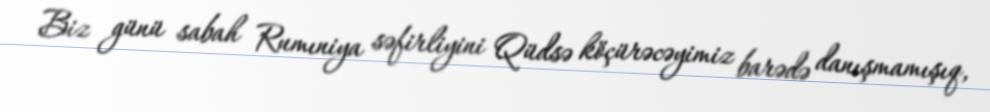
Biz günü sabah Rumıniya səfirliyini Qüdsə köçürəcəyimiz barədə danışmamışıq,